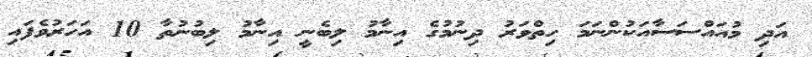
އަދި މުއައްސަސާއަކުންނަމަ ހިތްވަރު ދިނުމުގެ އިނާމު ލިބެެނީ އިނާމު ލިބުނުތާ 10 އަހަރުވެފައި